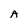
Character: A